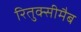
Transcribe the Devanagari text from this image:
रितुक्सीमैब